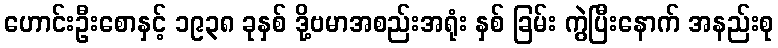
ဟောင်းဦးစောနှင့် ၁၉၃၈ ခုနှစ် ဒို့ဗမာအစည်းအရုံး နှစ် ခြမ်း ကွဲပြီးနောက် အနည်းစု